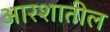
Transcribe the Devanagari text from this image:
आरशातील